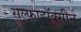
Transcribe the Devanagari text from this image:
सल्फ़ाडॉक्सीन